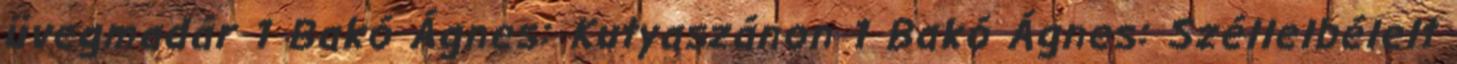
üvegmadár 1 Bakó Ágnes: Kutyaszánon 1 Bakó Ágnes: Széllelbélelt